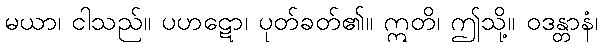
မယာ၊ ငါသည်။ ပဟဋော၊ ပုတ်ခတ်၏။ ဣတိ၊ ဤသို့။ ဝဒန္တာနံ၊